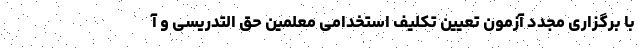
با برگزاری مجدد آزمون تعیین تکلیف استخدامی معلمین حق التدریسی و آ